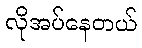
လိုအပ်နေတယ်